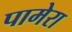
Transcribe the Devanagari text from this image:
पामेरा